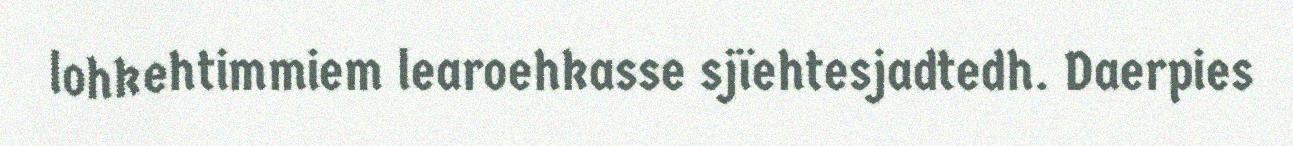
lohkehtimmiem learoehkasse sjïehtesjadtedh. Daerpies